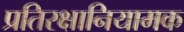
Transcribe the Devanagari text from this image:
प्रतिरक्षानियामक